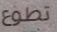
تطوع